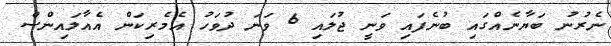
ނެރުނު ބަޔާނެއްގައި ބުނެފައި ވަނީ ޖުލައި 6 ވަނަ ދުވަހު އެމެރިކަން އެއާލައިންސް